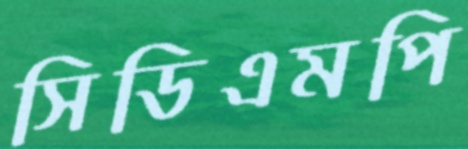
সিডিএমপি